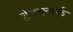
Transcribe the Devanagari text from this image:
हेडक्लर्क